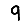
Digit: 9